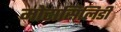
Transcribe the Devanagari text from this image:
मोटासिलिडी